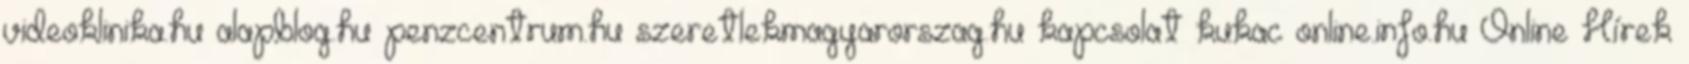
videoklinika.hu alapblog.hu penzcentrum.hu szeretlekmagyarorszag.hu kapcsolat kukac online.info.hu Online Hírek